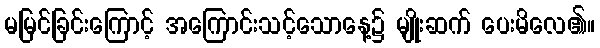
မမြင်ခြင်းကြောင့် အကြောင်းသင့်သောနေ့၌ မျိုးဆက် ပေးမိလေ၏။